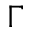
\Gamma